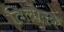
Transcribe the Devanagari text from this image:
तिलोदक